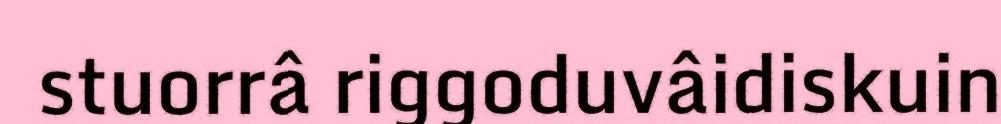
stuorrâ riggoduvâidiskuin